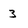
Character: 3